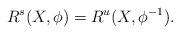
LaTeX: \begin{align*}R^s(X, \phi) = R^u(X, \phi^{-1}).\end{align*}